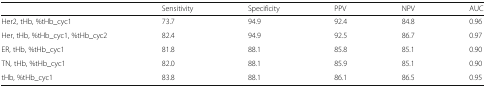
|  | Sensitivity | Specificity | PPV | NPV | AUC |
 | --- | --- | --- | --- | --- | --- |
 | Her2, tHb, %tHb_cyc1 | 73.7 | 94.9 | 92.4 | 84.8 | 0.96 |
 | Her, tHb, %tHb_cyc1, %tHb_cyc2 | 82.4 | 94.9 | 92.5 | 86.7 | 0.97 |
 | ER, tHb, %tHb_cyc1 | 81.8 | 88.1 | 85.8 | 85.1 | 0.90 |
 | TN, tHb, %tHb_cyc1 | 82.0 | 88.1 | 85.9 | 85.1 | 0.90 |
 | tHb, %tHb_cyc1 | 83.8 | 88.1 | 86.1 | 86.5 | 0.95 |